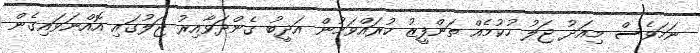
ނަމަވެސް މިއަދު ޖަލު ހުކުމެއް ތަންފީޒު ކުރަައްވަމުން އަދީބު ގެންދަވާއިރު ޖަލުގައި އޮއްނަވައިގެން